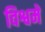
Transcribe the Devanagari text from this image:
विश्वमें